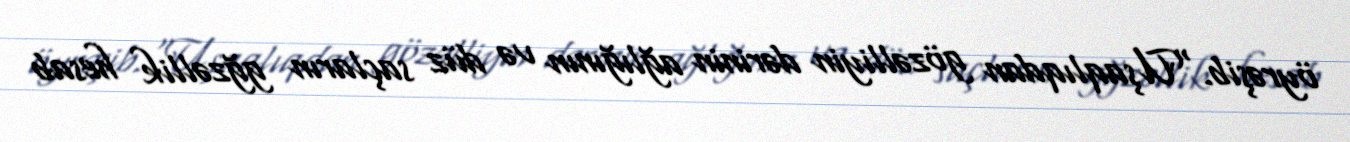
öyrəşib.“Uşaqlıqdan gözəlliyin dərinin ağlığının və düz saçların gğzəllik hesab